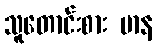
သူတောင်းစား မာန